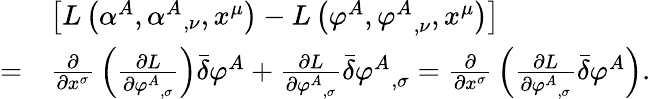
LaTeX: {\begin{array}{rl}&{\left[L\left(\alpha^{A},{\alpha^{A}}_{,\nu},x^{\mu}\right)-L\left(\varphi^{A},{\varphi^{A}}_{,\nu},x^{\mu}\right)\right]}\\ {=}&{{\frac{\partial}{\partial x^{\sigma}}}\left({\frac{\partial L}{\partial{\varphi^{A}}_{,\sigma}}}\right){\bar{\delta}}\varphi^{A}+{\frac{\partial L}{\partial{\varphi^{A}}_{,\sigma}}}{\bar{\delta}}{\varphi^{A}}_{,\sigma}={\frac{\partial}{\partial x^{\sigma}}}\left({\frac{\partial L}{\partial{\varphi^{A}}_{,\sigma}}}{\bar{\delta}}\varphi^{A}\right).}\end{array}}